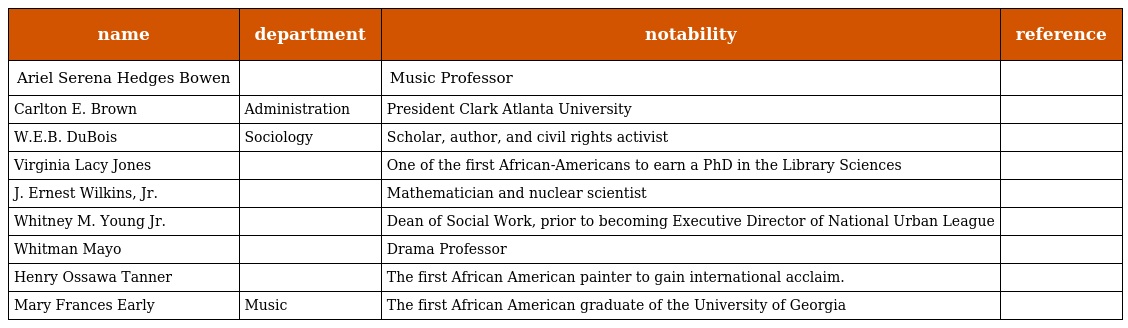
| name | department | notability | reference |
 | --- | --- | --- | --- |
 | Ariel Serena Hedges Bowen |  | Music Professor |  |
 | Carlton E. Brown | Administration | President Clark Atlanta University |  |
 | W.E.B. DuBois | Sociology | Scholar, author, and civil rights activist |  |
 | Virginia Lacy Jones |  | One of the first African-Americans to earn a PhD in the Library Sciences |  |
 | J. Ernest Wilkins, Jr. |  | Mathematician and nuclear scientist |  |
 | Whitney M. Young Jr. |  | Dean of Social Work, prior to becoming Executive Director of National Urban League |  |
 | Whitman Mayo |  | Drama Professor |  |
 | Henry Ossawa Tanner |  | The first African American painter to gain international acclaim. |  |
 | Mary Frances Early | Music | The first African American graduate of the University of Georgia |  |